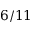
6 / 1 1